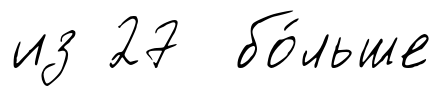
из 27 бо́льше